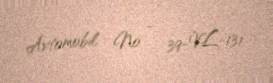
Avtomobil № - 39-VL-131